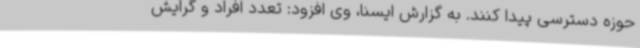
حوزه دسترسی پیدا کنند. به گزارش ایسنا، وی افزود: تعدد افراد و گرایش